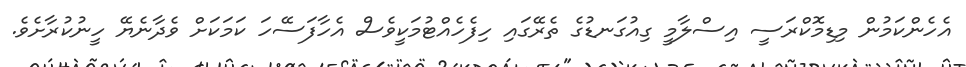
އެހެންކަމުން މިޑިމޮކްރަސީ އިސްލާމީ ގިއުގަނޑުގެ ތެރޭގައި ހިފެހެއްޓުމަކީވެސް އެހާފަސޭހަ ކަމަކަށް ވެދާނެޔޭ ހީނުކުރާށެވެ.